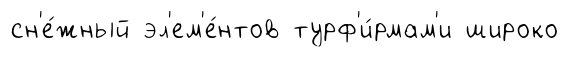
сн'е́жный эл'ем'е́нтов турф'и́рмам'и широко